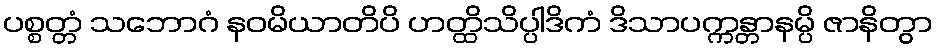
ပစ္စတ္တံ သဘောဂံ နဝမိယာတိပိ ဟတ္ထိသိပ္ပါဒိကံ ဒိသာပက္ကန္တာနမ္ပိ ဇာနိတွာ